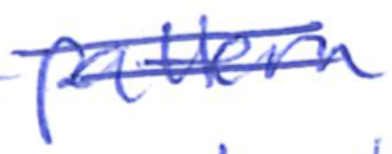
Text: pattern
Cross-out: double-line
Writing tool: ballpoint